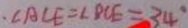
\angle A C E = \angle B C E = 3 4 ^ { \circ }